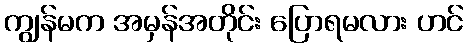
ကျွန်မက အမှန်အတိုင်း ပြောရမလား ဟင်